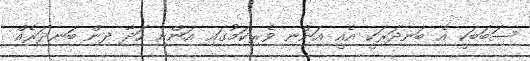
ސަބަބަކީ އެ ބަނދަރަކީ އެއީ އަންނި ވެރިކަމުގައި އަންނި ހަދާ ދިން ބަނދަރެއް